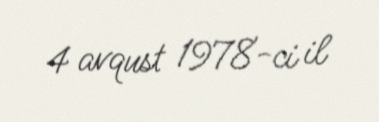
4 avqust 1978-ci il